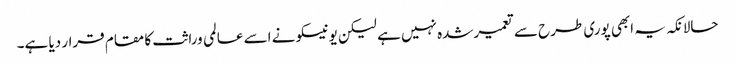
حالانکہ یہ ابھی پوری طرح سے تعمیرشدہ نہیں ہے لیکن یونیسکو نے اسے عالمی وراثت کا مقام قرار دیا ہے۔